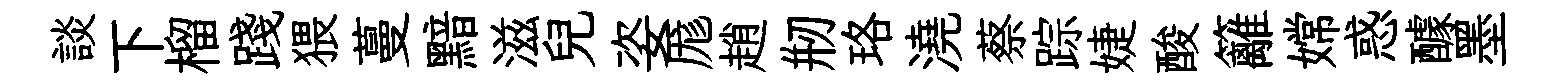
談下榴踐猥蔓黯滋兒姿厖趙剏珞澆蔡踪婕酸籬嫦惑醵墨